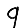
Digit: 9